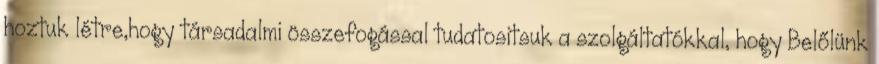
hoztuk létre,hogy társadalmi összefogással tudatositsuk a szolgáltatókkal, hogy Belőlünk